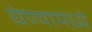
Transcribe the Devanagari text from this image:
घेण्यामध्ये